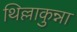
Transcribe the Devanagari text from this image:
थिल्लाकुन्ना